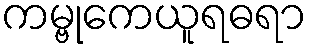
ကမ္ဗုကေယူရဓရာ